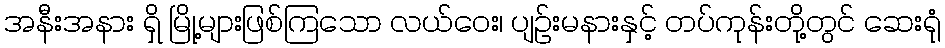
အနီးအနား ရှိ မြို့များဖြစ်ကြသော လယ်ဝေး၊ ပျဉ်းမနားနှင့် တပ်ကုန်းတို့တွင် ဆေးရုံ